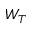
W _ { T }